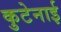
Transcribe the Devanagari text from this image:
कुटेनाई